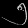
Digit: ၅